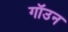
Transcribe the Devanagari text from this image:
गॉउन